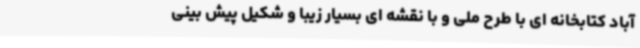
آباد کتابخانه ای با طرح ملی و با نقشه ای بسیار زیبا و شکیل پیش بینی